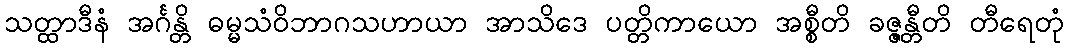
သတ္ထာဒီနံ အင်္ဂန္တိ ဓမ္မသံဝိဘာဂသဟာယာ အာသိဒေ ပတ္တိကာယော အစ္စီတိ ခဇ္ဇန္တီတိ တီရေတုံ